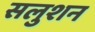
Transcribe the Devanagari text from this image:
सलुशन